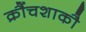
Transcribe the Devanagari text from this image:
क्रौंचशाकौ